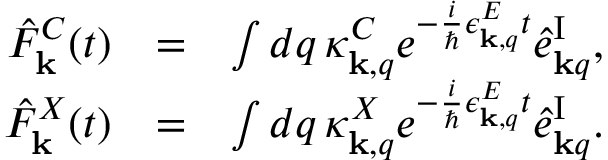
\begin{array} { r l r } { \hat { F } _ { \bf k } ^ { C } ( t ) } & { = } & { \int d q \, \kappa _ { { \bf k } , q } ^ { C } e ^ { - \frac { i } { \hbar } \epsilon _ { { \bf k } , q } ^ { E } t } \hat { e } _ { { \bf k } q } ^ { \mathrm { I } } , } \\ { \hat { F } _ { \bf k } ^ { X } ( t ) } & { = } & { \int d q \, \kappa _ { { \bf k } , q } ^ { X } e ^ { - \frac { i } { \hbar } \epsilon _ { { \bf k } , q } ^ { E } t } \hat { e } _ { { \bf k } q } ^ { \mathrm { I } } . } \end{array}